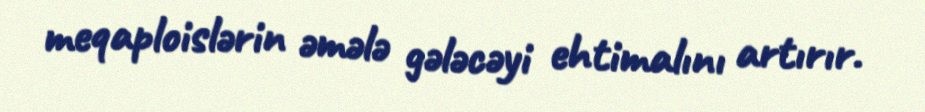
meqaploislərin əmələ gələcəyi ehtimalını artırır.